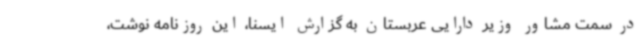
در سمت مشاور وزیر دارایی عربستان به گزارش ایسنا، این روزنامه نوشت،